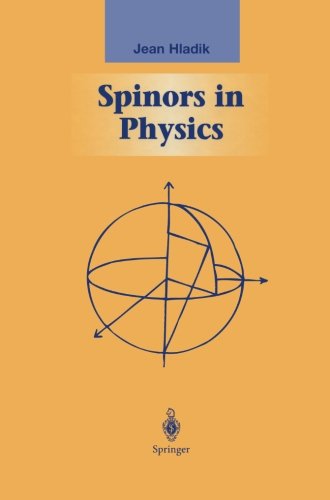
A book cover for Spinors in Physics (Graduate Texts in Contemporary Physics); Jean Hladik; Science & Math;